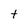
Character: t